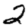
Digit: 2